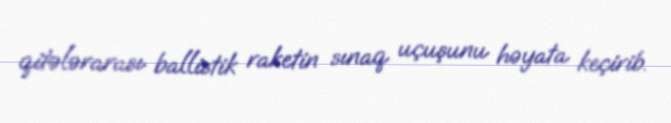
qitələrarası ballistik raketin sınaq uçuşunu həyata keçirib.